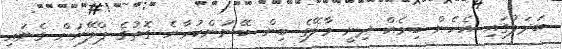
ބަދަލުގައި އެހެން ބިމެއް ދިނީ މާލޭގެ ބިން ބޭނުންކުރާނެ ގޮތުގެ ޕްލޭނަށް ގެނައި